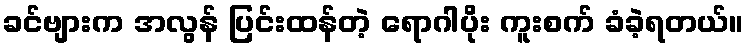
ခင်ဗျားက အလွန် ပြင်းထန်တဲ့ ရောဂါပိုး ကူးစက် ခံခဲ့ရတယ်။